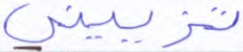
تزييني